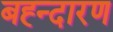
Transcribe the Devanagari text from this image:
बह्न्दारण